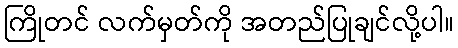
ကြိုတင် လက်မှတ်ကို အတည်ပြုချင်လို့ပါ။